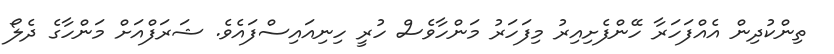
ތިންކުދިން އެއްފަހަރާ ހޭންފެށިއިރު މިފަހަރު މަންހާވެސް ހުރީ ހިނިއައިސްފައެވެ. ޝަރަފްއަށް މަންހާގެ ދެލޯ